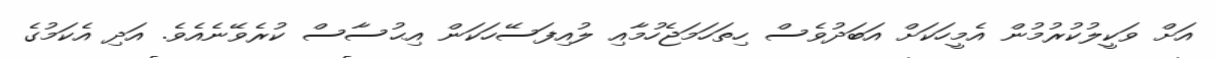
އަށް ވަކީލުކުރުމުން އެމީހަކަށް އަބަދުވެސް ހިތަހަމަޖެހުމާއި ލުއިފަސޭހަކަން އިޙުސާސް ކުރެވޭނެއެވެ. އަދި އެކަމުގެ